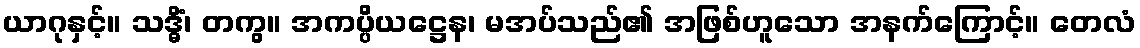
ယာဂုနှင့်။ သဒ္ဓိံ၊ တကွ။ အကပ္ပိယဋ္ဌေန၊ မအပ်သည်၏ အဖြစ်ဟူသော အနက်ကြောင့်။ တေလံ